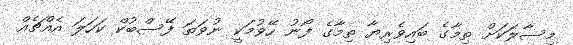
މިސާލަކަށް ތިމާގެ ބައިވެރިޔާ ތިމާގެ ފޯނު ހޭވުމަކީ ނުވަތަ ފޭސްބުކް ކަހަލަ އެއްޗެއް